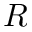
R